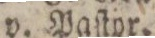
v. Paſtor.